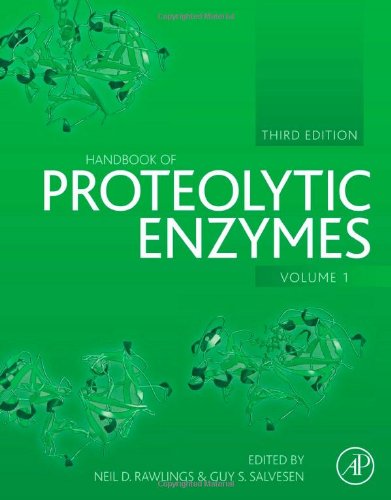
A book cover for Handbook of Proteolytic Enzymes, Third Edition; Medical Books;